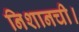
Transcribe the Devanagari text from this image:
निशानची।